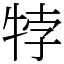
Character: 㹀